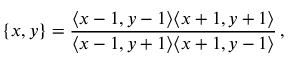
\{ x , y \} = \frac { \langle x - 1 , y - 1 \rangle \langle x + 1 , y + 1 \rangle } { \langle x - 1 , y + 1 \rangle \langle x + 1 , y - 1 \rangle } \, ,